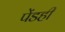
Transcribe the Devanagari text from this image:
पेंडही